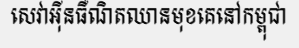
សេវាអ៊ីនធឺណិតឈានមុខគេនៅកម្ពុជា